Report of the Indian Hemp Drugs Commission, 1894-1895 - Volume V
Year: 1894
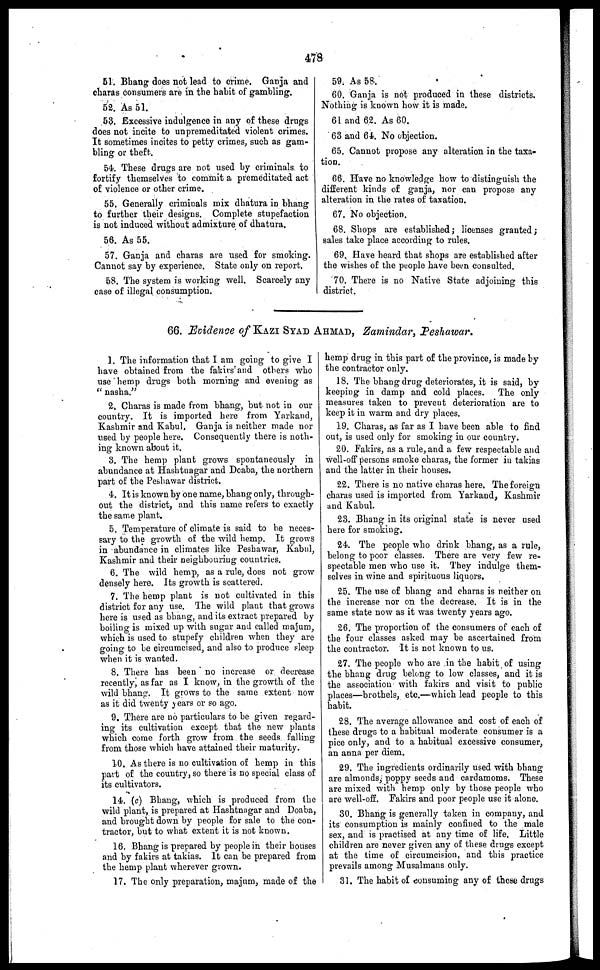
478
51. Bhang does not lead to crime. Ganja and
charas consumers are in the habit of gambling.
52. As 51.
53. Excessive indulgence in any of these drugs
does not incite to unpremeditated violent crimes.
It sometimes incites to petty crimes, such as gam-
bling or theft.
54. These drugs are not used by criminals to
fortify themselves to commit a premeditated act
of violence or other crime.
55. Generally criminals mix dhatura in bhang
to further their designs. Complete stupefaction
is not induced without admixture of dhatura.
56. As 55.
57. Ganja and charas are used for smoking.
Cannot say by experience. State only on report.
58. The system is working well. Scarcely any
case of illegal consumption.
59. As 58.
60. Ganja is not produced in these districts.
Nothing is known how it is made.
61 and 62. As 60.
63 and 64. No objection.
65. Cannot propose any alteration in the taxa-
tion.
66. Have no knowledge how to distinguish the
different kinds of ganja, nor can propose any
alteration in the rates of taxation.
67. No objection.
68. Shops are established; licenses granted;
sales take place according to rules.
69. Have heard that shops are established after
the wishes of the people have been consulted.
70. There is no Native State adjoining this
district.
66. Evidence of KAZI STAD AHMAD, Zamindar, Peshawar.
1. The information that I am going to give I
have obtained from the fakirs and others who
use hemp drugs both morning and evening as
"nasha."
2. Charas is made from bhang, but not in our
country. It is imported here from Yarkand,
Kashmir and Kabul. Ganja is neither made nor
used by people here. Consequently there is noth-
ing known about it.
3. The hemp plant grows spontaneously in
abundance at Hashtnagar and Dcaba, the northern
part of the Peshawar district.
4. It is known by one name, bhang only, through-
out the district, and this name refers to exactly
the same plant.
5. Temperature of climate is said to he neces-
sary to the growth of the wild hemp. It grows
in abundance in climates like Peshawar, Kabul,
Kashmir and their neighbouring countries.
6. The wild hemp, as a rule, does not grow
densely here. Its growth is scattered.
7. The hemp plant is not cultivated in this
district for any use. The wild plant that grows
here is used as bhang, and its extract prepared by
boiling is mixed up with sugar and called majum,
which is used to stupefy children when they are
going to be circumcised, and also to produce sleep
when it is wanted.
8. There has been no increase or decrease
recently, as far as I know, in the growth of the
wild bhang. It grows to the same extent now
as it did twenty years or so ago.
9. There are no particulars to be given regard-
ing its cultivation except that the new plants
which come forth grow from the seeds falling
from those which have attained their maturity.
10. As there is no cultivation of hemp in this
part of the country, so there is no special class of
its cultivators.
14. (c) Bhang, which is produced from the
wild plant, is prepared at Hashtnagar and Doaba,
and brought down by people for sale to the con-
tractor, but to what extent it is not known.
16. Bhang is prepared by people in their houses
and by fakirs at takias. It can be prepared from
the hemp plant wherever grown.
17. The only preparation, majum, made of the
hemp drug in this part of the province, is made by
the contractor only.
18. The bhang drug deteriorates, it is said, by
keeping in damp and cold places. The only
measures taken to prevent deterioration are to
keep it in warm and dry places.
19. Charas, as far as I have been able to find
out, is used only for smoking in our country.
20. Fakirs, as a rule, and a few respectable and
well-off persons smoke charas, the former in takias
and the latter in their houses.
22. There is no native charas here. The foreign
charas used is imported from Yarkand, Kashmir
and Kabul.
23. Bhang in its original state is never used
here for smoking.
24. The people who drink bhang, as a rule,
belong to poor classes. There are very few re-
spectable men who use it. They indulge them-
selves in wine and spirituous liquors.
25. The use of bhang and charas is neither on
the increase nor on the decrease. It is in the
same state now as it was twenty years ago.
26. The proportion of the consumers of each of
the four classes asked may be ascertained from
the contractor. It is not known to us.
27. The people who are in the habit of using
the bhang drug belong to low classes, and it is
the association with fakirs and visit to public
places—brothels, etc.—which lead people to this
habit.
28. The average allowance and cost of each of
these drugs to a habitual moderate consumer is a
pice only, and to a habitual excessive consumer,
an anna per diem.
29. The ingredients ordinarily used with bhang
are almonds, poppy seeds and cardamoms. These
are mixed with hemp only by those people who
are well-off. Fakirs and poor people use it alone.
30. Bhang is generally taken in company, and
its consumption is mainly confined to the male
sex, and is practised at any time of life. Little
children are never given any of these drugs except
at the time of circumcision, and this practice
prevails among Musalmans only.
31. The habit of consuming any of those drugs